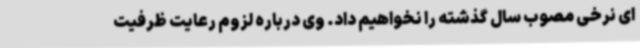
ای نرخی مصوب سال گذشته را نخواهیم داد. وی درباره لزوم رعایت ظرفیت